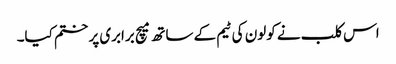
اس کلب نے کولون کی ٹیم کے ساتھ میچ برابری پر ختم کیا۔